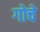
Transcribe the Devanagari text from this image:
गोचे